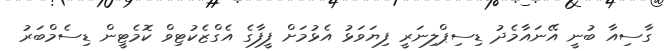
ގާސިއާ ބުނީ އޭނައާމެދު ޑިސިޕްލިނަރީ ފިޔަވަޅު އެޅުމަށް ފީފާގެ އެގްޒެކުޓިވް ކޮމެޓީން ޑިސެމްބަރު